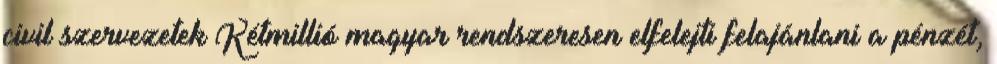
civil szervezetek Kétmillió magyar rendszeresen elfelejti felajánlani a pénzét,